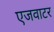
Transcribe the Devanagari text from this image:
एजवाटर